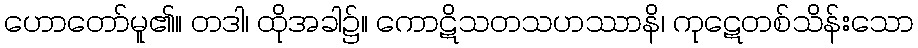
ဟောတော်မူ၏။ တဒါ၊ ထိုအခါ၌။ ကောဋိသတသဟဿာနိ၊ ကုဋေတစ်သိန်းသော